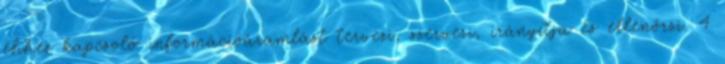
ehhez kapcsoló információáramlást tervezi, szervezi, irányítja és ellenőrzi. 4